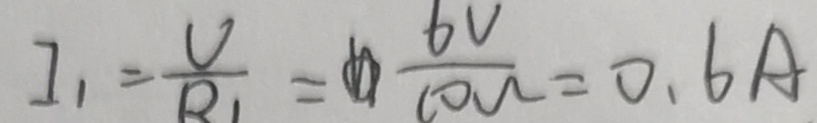
I _ { 1 } = \frac { V } { R } _ { 1 } = \frac { 6 V } { 1 0 w } = 0 . 6 A